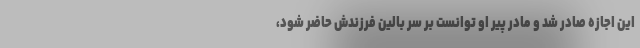
این اجازه صادر شد و مادر پیر او توانست بر سر بالین فرزندش حاضر شود،